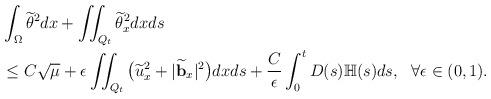
LaTeX: \begin{align*} &\int_\Omega\widetilde{\theta}^2dx+ \iint_{Q_t} \widetilde{\theta}_x^2dxds\\ &\leq C\sqrt{\mu} +\epsilon\iint_{Q_t}\big(\widetilde{u}_x^2+|\widetilde{\mathbf{b}}_x|^2\big)dxds +\frac{C}{\epsilon}\int_0^tD(s)\mathbb{H}(s)ds,~~\forall\epsilon\in(0, 1).\end{align*}